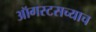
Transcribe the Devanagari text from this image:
ऑगस्टसच्याच